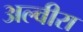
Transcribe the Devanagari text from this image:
अल्वीरा